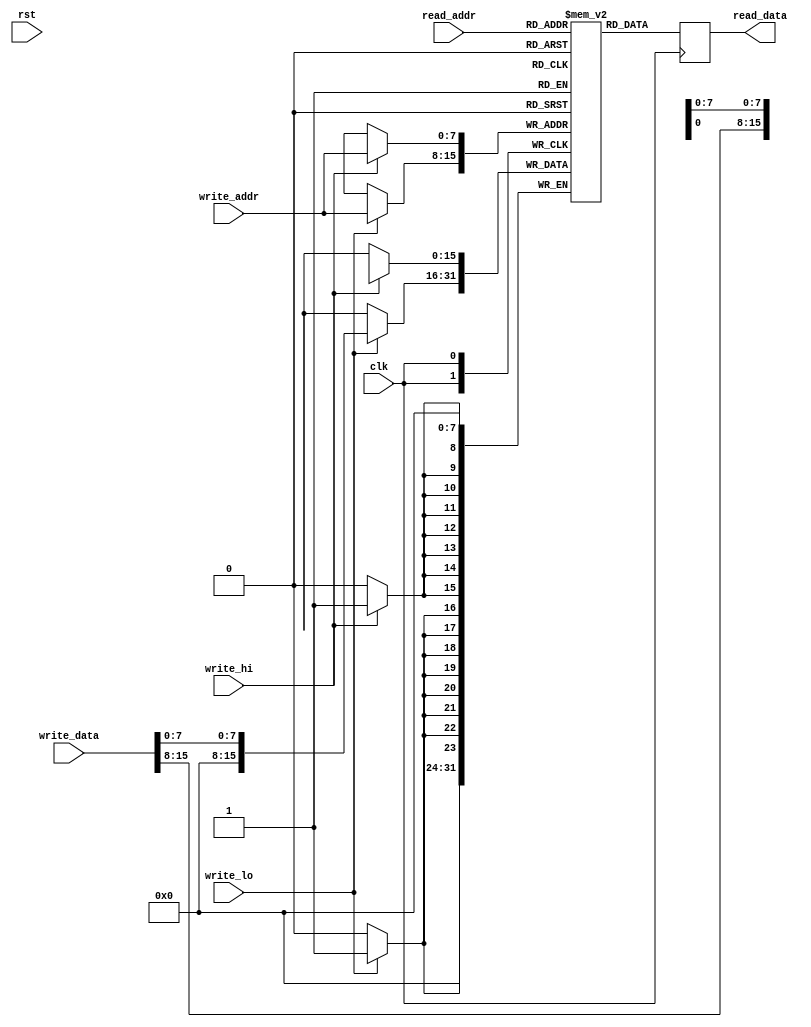
// This program was cloned from: https://github.com/zeldin/iceGDROM
// License: GNU General Public License v3.0

module ide_data_buffer(input clk,
		       input rst,
		       input[7:0] read_addr,
		       output[15:0] read_data,
		       input[7:0] write_addr,
		       input[15:0] write_data,
		       input write_hi,
		       input write_lo
		       );

   reg [15:0] ram_data[255:0];
   reg [15:0] data_latch;

   assign read_data = data_latch;

   always @(posedge clk) begin
      if (write_hi)
	ram_data[write_addr][15:8] <= write_data[15:8];
      if (write_lo)
	ram_data[write_addr][7:0] <= write_data[7:0];

      data_latch <= ram_data[read_addr];
   end

endmodule // ide_data_buffer